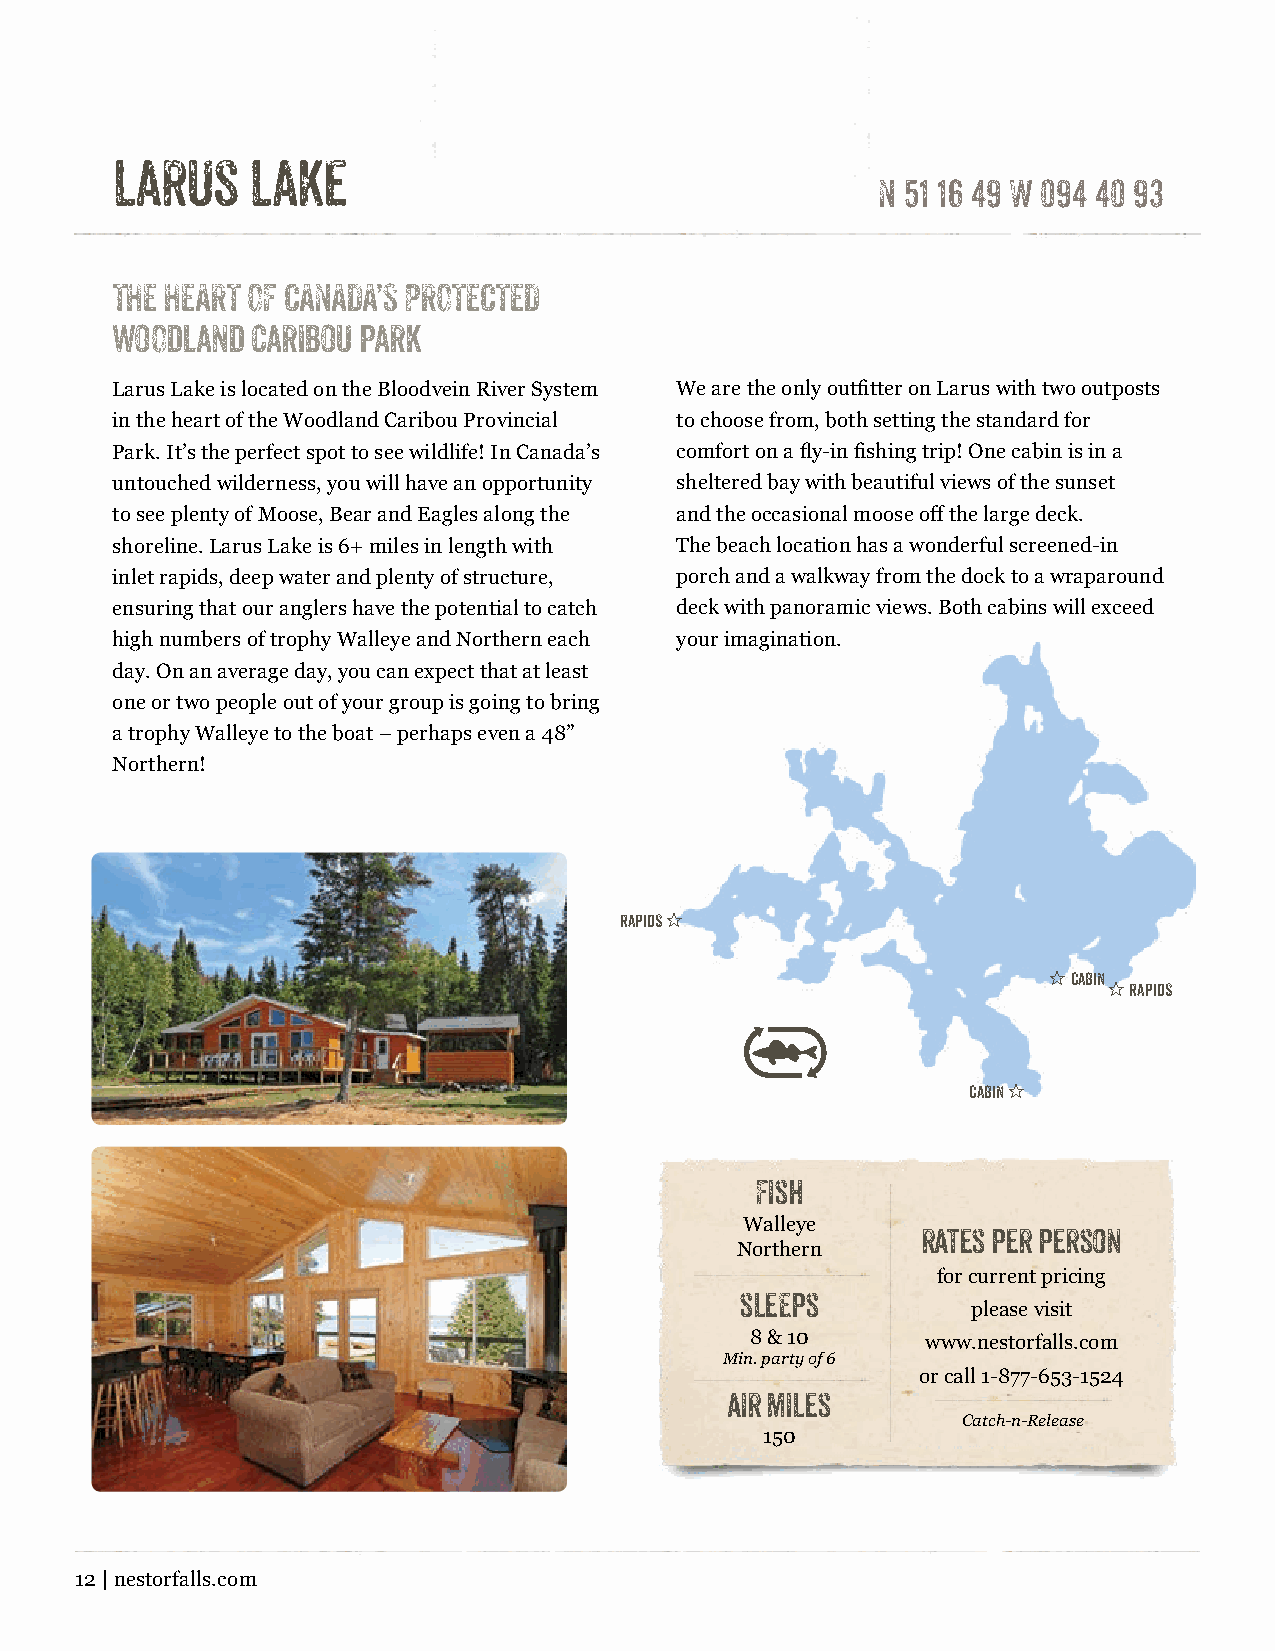
larus    lake
 N 51 16 49 W 094 40 93
 THE HEART OF CANADA’S PROTECTED
 woodland  caribou park
 Larus Lake is located on the Bloodvein River System We are the only outfitter on Larus with two outposts
 in the heart of the Woodland Caribou Provincial to choose from, both setting the standard for
 Park. It’s the perfect spot to see wildlife! In Canada’s comfort on a fly-in fishing trip! One cabin is in a
 untouched wilderness, you will have an opportunity sheltered bay with beautiful views of the sunset
 to see plenty of Moose, Bear and Eagles along the and the occasional moose off the large deck.
 shoreline. Larus Lake is 6+ miles in length with The beach location has a wonderful screened-in
 inlet rapids, deep water and plenty of structure, porch and a walkway from the dock to a wraparound
 ensuring that our anglers have the potential to catch deck with panoramic views. Both cabins will exceed
 high numbers of trophy Walleye and Northern each your imagination.
 day. On an average day, you can expect that at least
 one or two people out of your group is going to bring
 a trophy Walleye to the boat – perhaps even a 48”
 Northern!
 rapids "
 "Cabin
 "rapids
 Cabin "
 Fish
 Walleye
 rates per person
 Northern
 for current pricing
 slEEps
 please visit
 8 & 10     www.nestorfalls.com
 Min. party of 6
 or call 1-877-653-1524
 air miles
 Catch-n-Release
 150
 12 | nestorfalls.com